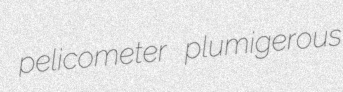
pelicometer plumigerous